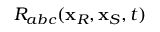
R _ { a b c } ( \mathbf { x } _ { R } , \mathbf { x } _ { S } , t )